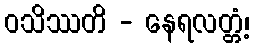
ဝသိဿတိ - နေရလတ္တံ့၊